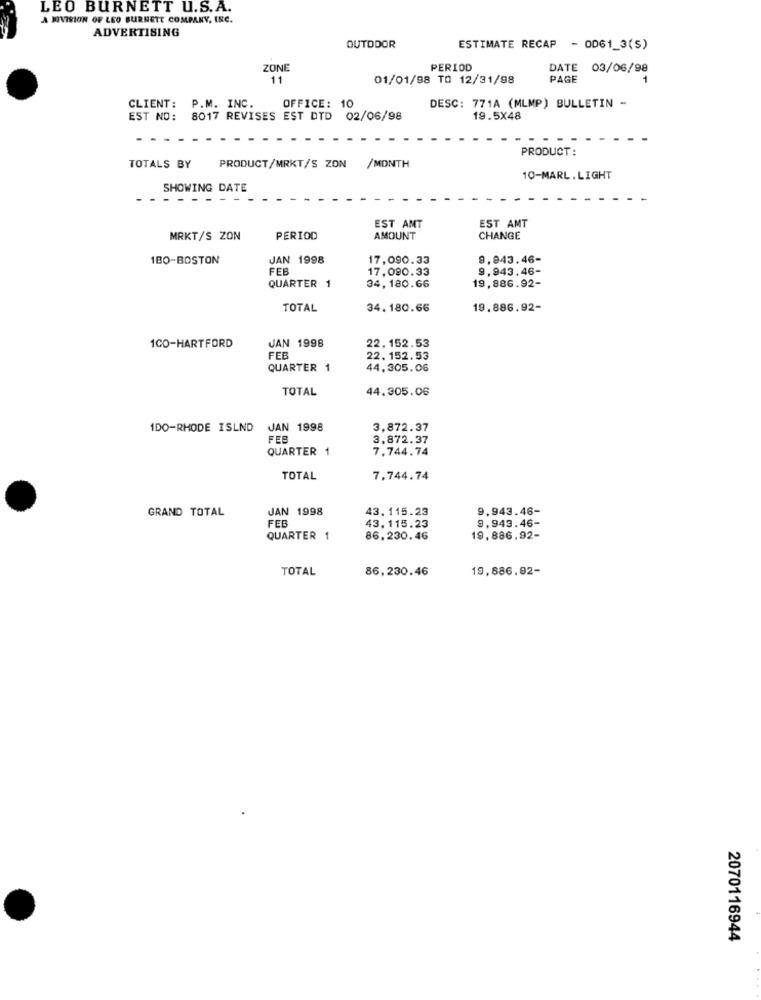
LEO BURNETT U.S.A.
A MIVISION OF LEO BURNETT COMPANY, INC.
ADVERTISING
OUTDOOR
ESTIMATE RECAP - OD61_3(S)
ZONE
PERIOD
DATE
03/06/98
11
01/01/98 TO 12/31/98
PAGE
DESC: 771A (MLMP) BULLETIN -
CLIENT: P.M. INC.
OFFICE: 10
EST NO:
8017 REVISES EST DTD 02/06/98
19.5X48
PRODUCT:
TOTALS BY
PRODUCT/MRKT/S ZON
/MONTH
10-MARL.LIGHT
SHOWING DATE
- - - -
EST AMT
EST AMT
MRKT/S ZON
PERIOD
AMOUNT
CHANGE
1BO-BOSTON
JAN 1998
17,090.33
9,943.46-
FEB
17,090.33
9,943.46-
QUARTER 1
34, 180.66
19,886.92-
TOTAL
34.180.66
19.886.92-
1CO-HARTFORD
JAN 1998
22, 152.53
FEB
22. 152.53
QUARTER 1
44,305.06
TOTAL
44.305.06
1DO-RHODE ISLND JAN 1998
3,872.37
FEB
3,872.37
QUARTER 1
7.744.74
TOTAL
7,744.74
GRAND TOTAL
JAN 1998
43. 115.23
9,943.46-
FEB
9,943.46-
43.115.23
QUARTER 1
86.230.46
19.886.92-
TOTAL
86,230.46
19,886.92-
2070116944